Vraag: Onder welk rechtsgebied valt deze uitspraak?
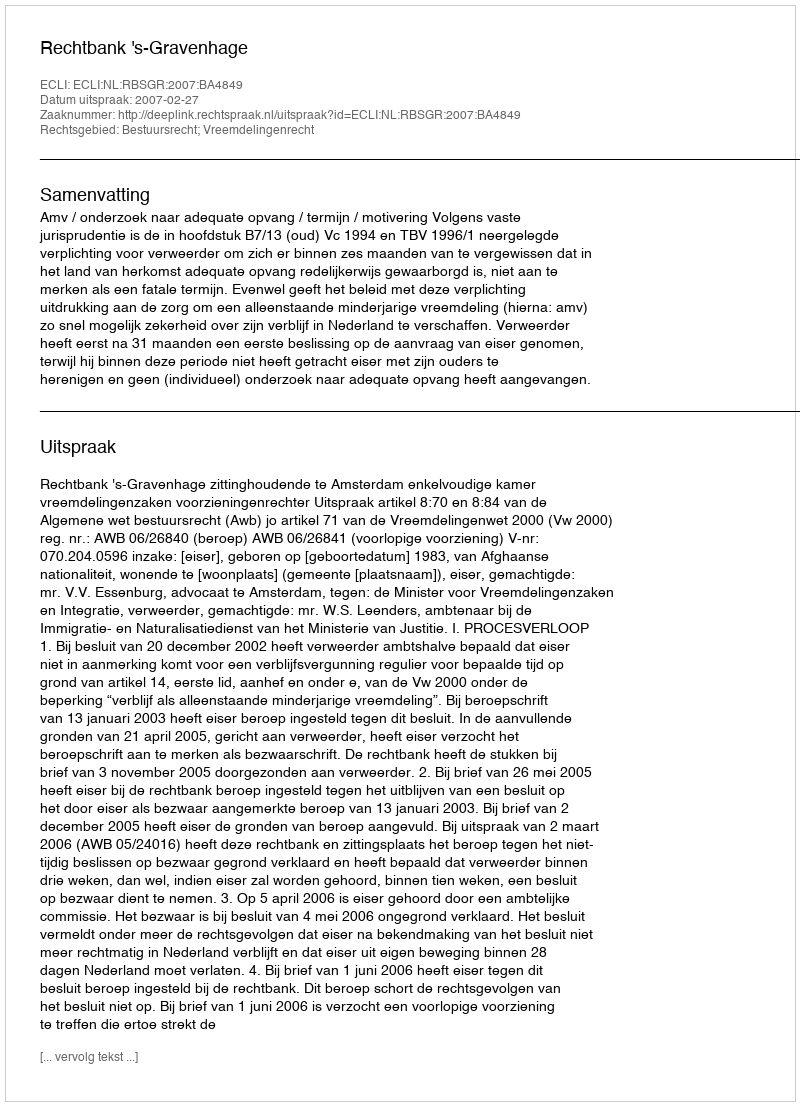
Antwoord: Bestuursrecht; Vreemdelingenrecht